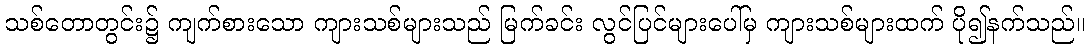
သစ်တောတွင်း၌ ကျက်စားသော ကျားသစ်များသည် မြက်ခင်း လွင်ပြင်များပေါ်မှ ကျားသစ်များထက် ပို၍နက်သည်။